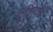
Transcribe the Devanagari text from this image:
दंडिताहि